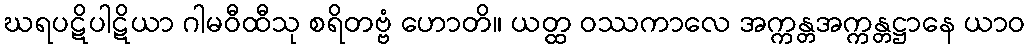
ဃရပဋိပါဋိယာ ဂါမဝီထီသု စရိတဗ္ဗံ ဟောတိ။ ယတ္ထ ဝဿကာလေ အက္ကန္တအက္ကန္တဋ္ဌာနေ ယာဝ